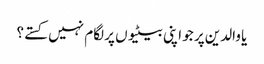
یا والدین پر جو اپنی بیٹیوں پر لگام نہیں کستے؟